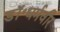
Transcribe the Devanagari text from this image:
डॉ॰धर्मवीर